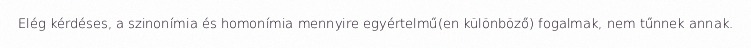
Elég kérdéses, a szinonímia és homonímia mennyire egyértelmű(en különböző) fogalmak, nem tűnnek annak.